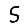
Digit: 5